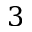
3